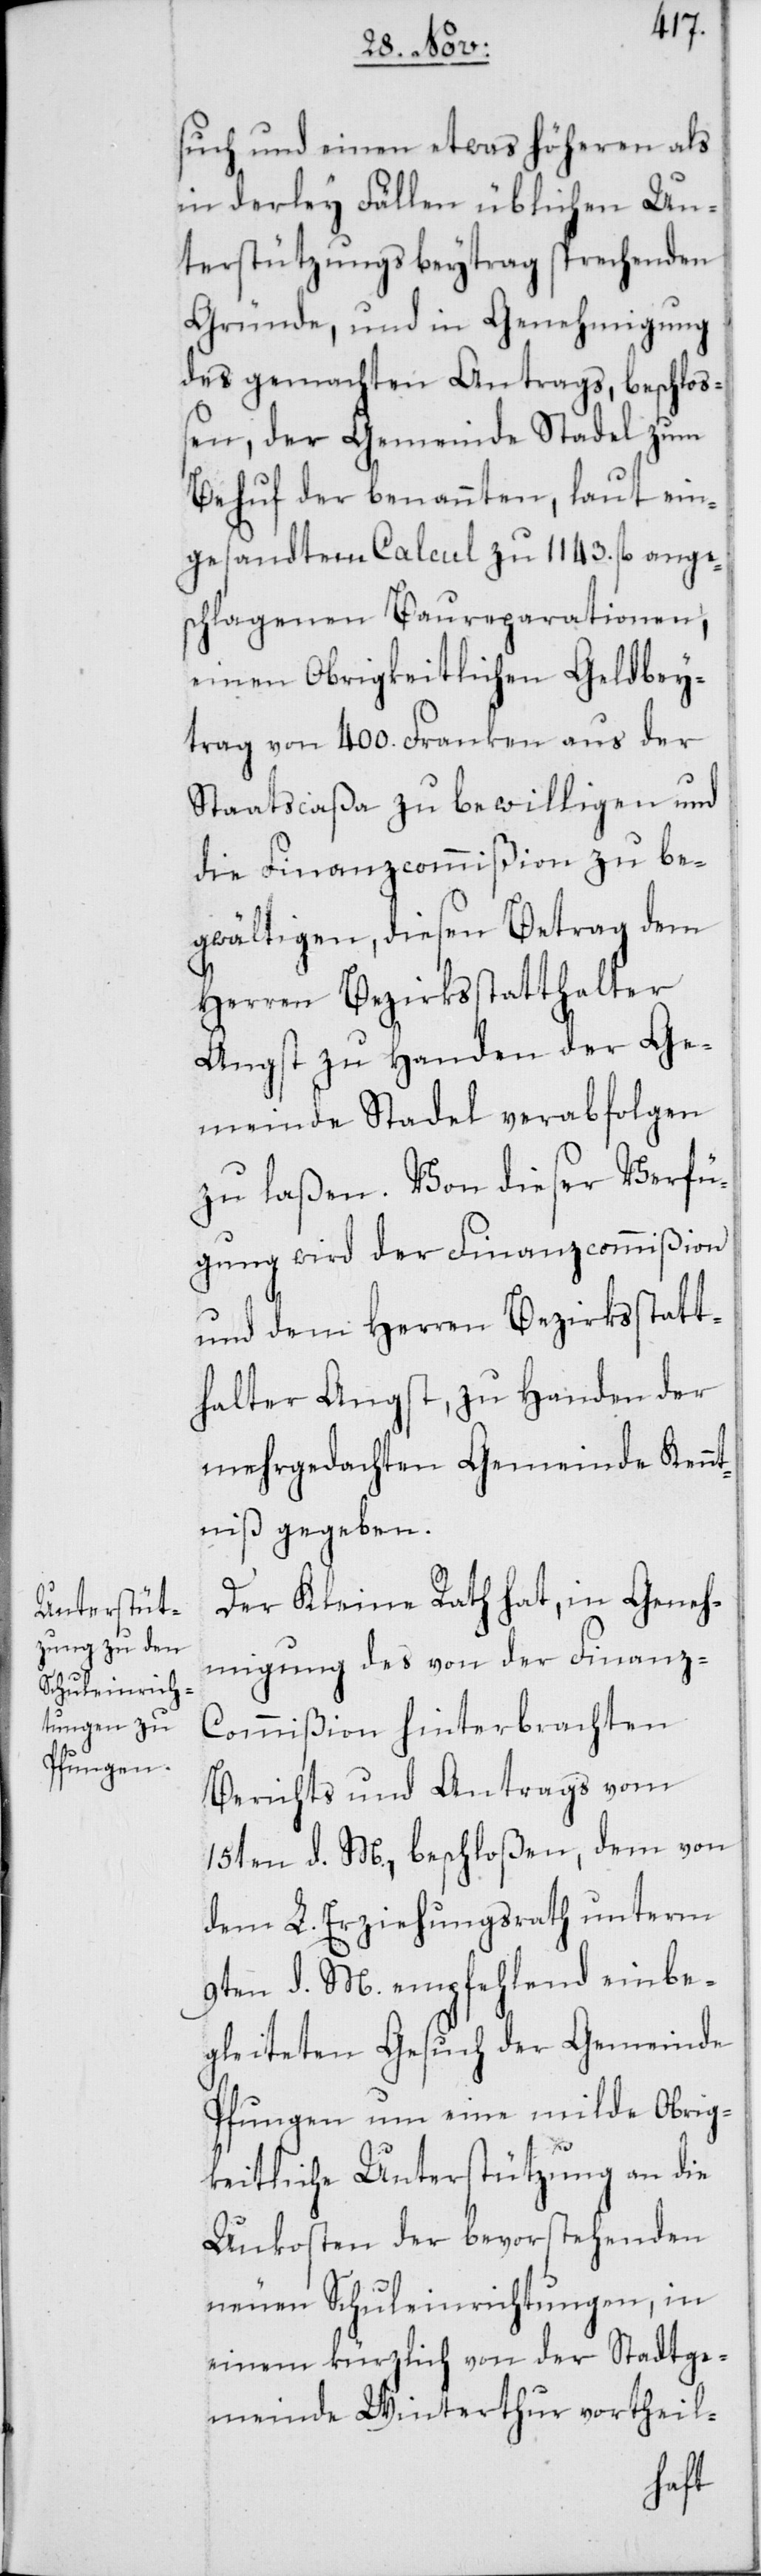
such und einen etwas höheren als
in derley Fällen üblichen Un¬
terstützungsbeytrag sprechenden
Gründe, und in Genehmigung
des gemachten Antrags, beschloß¬
en, der Gemeinde Stadel zum
Behuf der benannten, laut ein¬
gesandtem Calcul zu 1143. fl. ange¬
schlagenen Baureparationen,
einen Obrigkeitlichen Geldbey¬
trag von 400. Franken aus der
Staatscaßa zu bewilligen und
die Finanzcommißion zu be¬
gwältigen, diesen Betrag dem
Herren Bezirksstatthalter
Angst zu Handen der Ge¬
meinde Stadel verabfolgen
zu laßen. Von dieser Verfü¬
gung wird der Finanzcommißion
und dem Herren Bezirksstatt¬
halter Angst, zu Handen der
mehrgedachten Gemeinde Kenn¬
tniß gegeben.
Der Kleine Rath hat, in Geneh¬
migung des von der Finanz-C¬
ommißion hinterbrachten
Berichts und Antrags vom
15ten d. M., beschloßen, dem von
dem L. Erziehungsrath unterm
9ten d. M. empfehlend einbe¬
gleiteten Gesuch der Gemeinde
Pfungen um eine milde Obrig¬
keitliche Unterstützung an die
Unkosten der bevorstehenden
neuen Schuleinrichtungen, in
einem kürzlich von der Stadtge¬
meinde Winterthur vortheil-